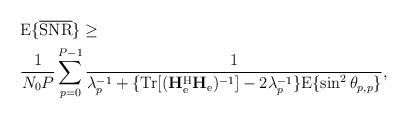
LaTeX: \begin{align*}&\mathrm{E}\{\overline{\mathrm{SNR}}\}\geq\\&\frac{1}{N_0P}\sum_{p=0}^{P-1}\frac{1}{\lambda_p^{-1}+\{\mathrm{Tr}[(\mathbf{H}_{\mathrm{e}}^{\mathrm{H}}\mathbf{H}_{\mathrm{e}})^{-1}]-2\lambda_p^{-1}\}\mathrm{E}\{\sin^2\theta_{p,p}\}},\end{align*}